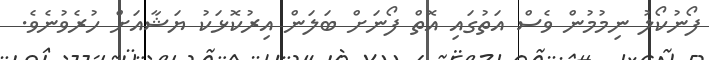
ފޯނުކޯލު ނިމުމުން ވެސް އަތުގައި އޮތް ފޯނަށް ބަލަން އިރުކޮޅަކު ޔަޝާއަށް ހުރެވުނެވެ.